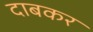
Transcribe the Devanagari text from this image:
दाबकर